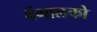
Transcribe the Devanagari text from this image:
बंगालको